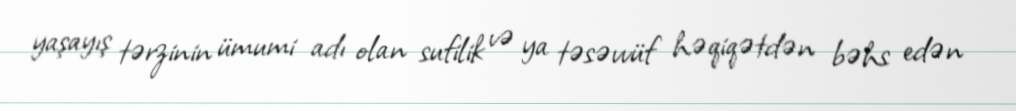
yaşayış tərzinin ümumi adı olan sufilik və ya təsəvvüf həqiqətdən bəhs edən